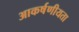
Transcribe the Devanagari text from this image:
आकर्षणीयता